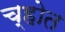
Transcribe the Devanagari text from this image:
च्होत